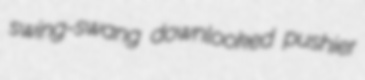
swing-swang downlooked pushier